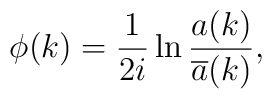
\phi (k)={\frac 1{2i}}\ln \frac{a(k)}{\overline{a}(k)},